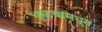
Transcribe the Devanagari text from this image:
धुळ्यामधून